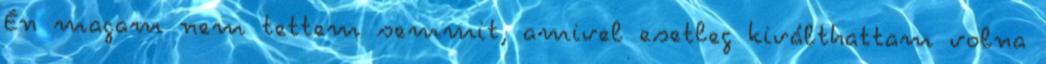
Én magam nem tettem semmit, amivel esetleg kiválthattam volna